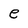
Character: e